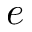
e